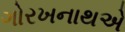
ગોરખનાથએ